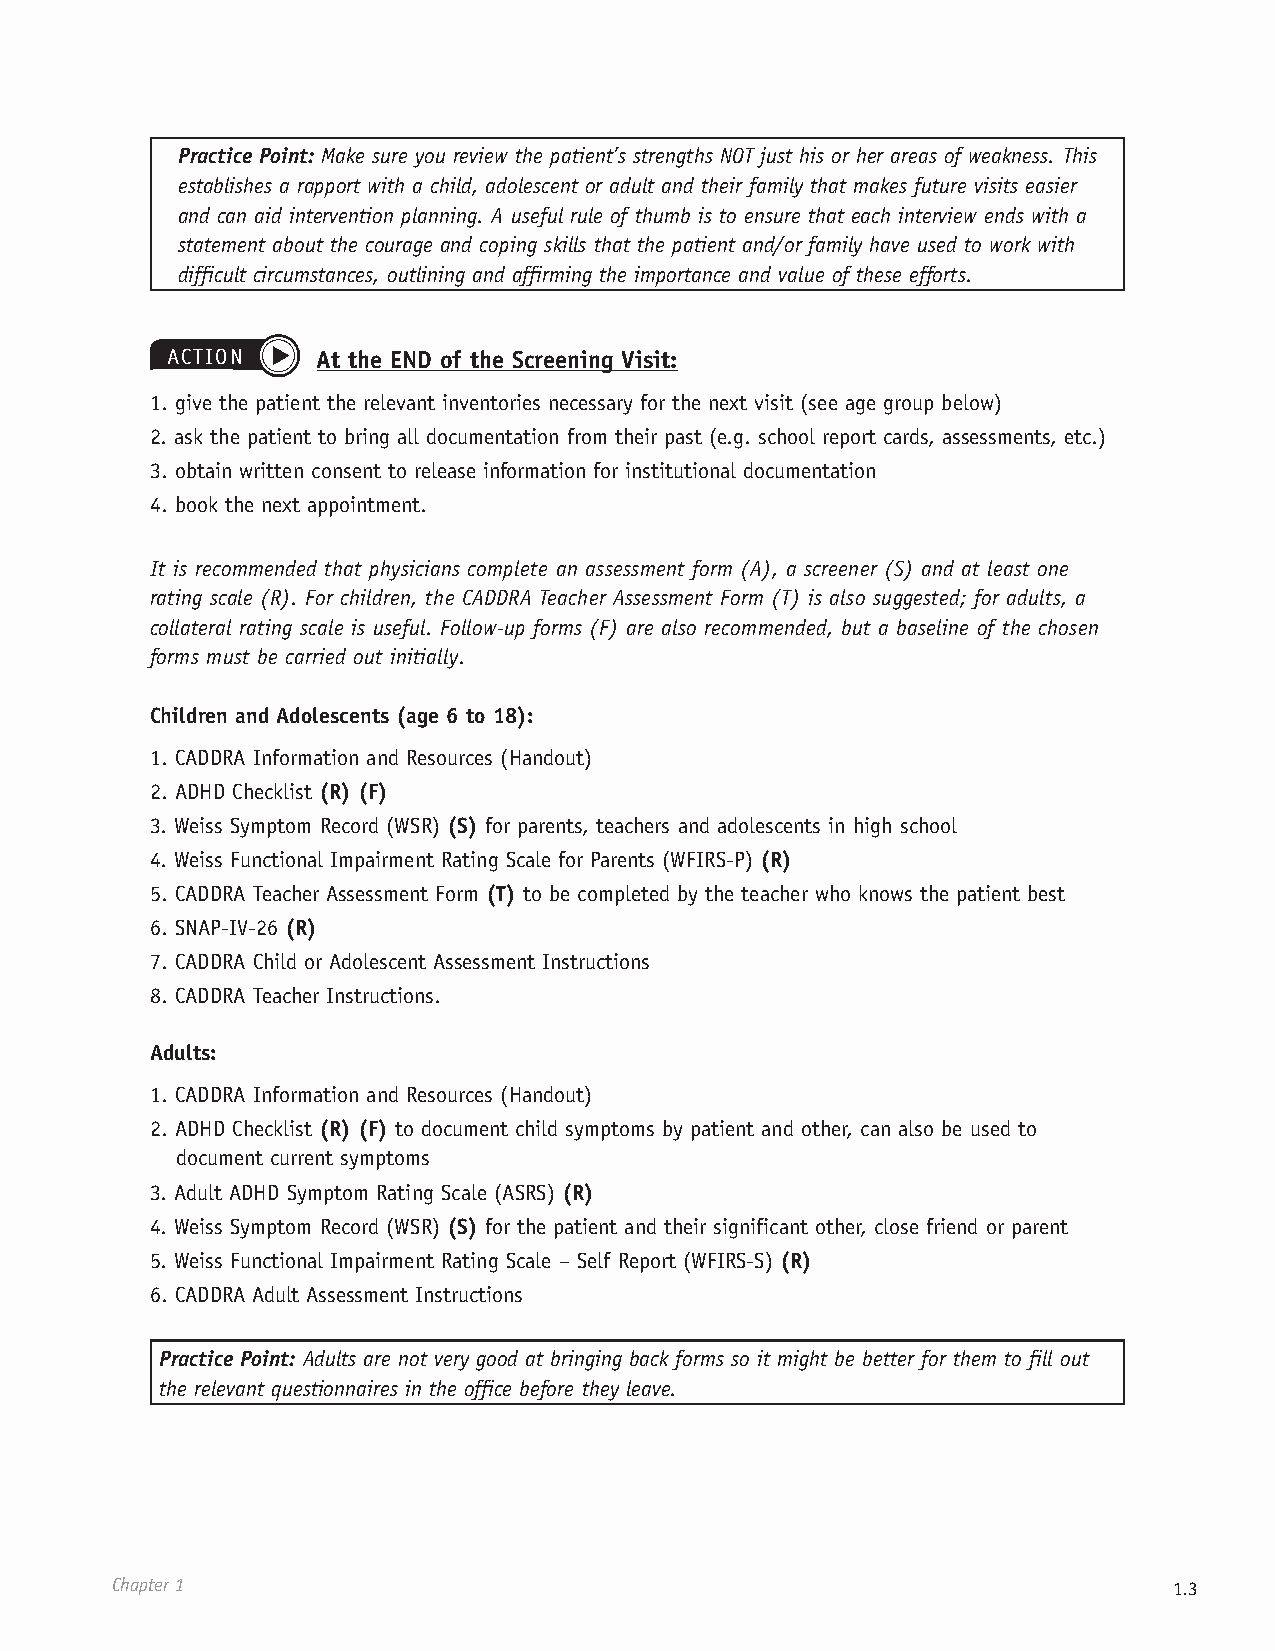
Practice Point: Make sure you review the patient’s strengths NOT just his or her areas of weakness. This
 establishes a rapport with a child, adolescent or adult and their family that makes future visits easier
 and can aid intervention planning. A useful rule of thumb is to ensure that each interview ends with a
 statement about the courage and coping skills that the patient and/or family have used to work with
 difficult circumstances, outlining and affirming the importance and value of these efforts.
 ACTION    At the END of the Screening Visit:
 1. give the patient the relevant inventories necessary for the next visit (see age group below)
 2. ask the patient to bring all documentation from their past (e.g. school report cards, assessments, etc.)
 3. obtain written consent to release information for institutional documentation
 4. book the next appointment.
 It is recommended that physicians complete an assessment form (A), a screener (S) and at least one
 rating scale (R). For children, the CADDRA Teacher Assessment Form (T) is also suggested; for adults, a
 collateral rating scale is useful. Follow-up forms (F) are also recommended, but a baseline of the chosen
 forms must be carried out initially.
 Children and Adolescents (age 6 to 18):
 1. CADDRA Information and Resources (Handout)
 2. ADHD Checklist (R) (F)
 3. Weiss Symptom Record (WSR) (S) for parents, teachers and adolescents in high school
 4. Weiss Functional Impairment Rating Scale for Parents (WFIRS-P) (R)
 5. CADDRA Teacher Assessment Form (T) to be completed by the teacher who knows the patient best
 6. SNAP-IV-26 (R)
 7. CADDRA Child or Adolescent Assessment Instructions
 8. CADDRA Teacher Instructions.
 Adults:
 1. CADDRA Information and Resources (Handout)
 2. ADHD Checklist (R) (F) to document child symptoms by patient and other, can also be used to
 document current symptoms
 3. Adult ADHD Symptom Rating Scale (ASRS) (R)
 4. Weiss Symptom Record (WSR) (S) for the patient and their significant other, close friend or parent
 5. Weiss Functional Impairment Rating Scale – Self Report (WFIRS-S) (R)
 6. CADDRA Adult Assessment Instructions
 Practice Point: Adults are not very good at bringing back forms so it might be better for them to fill out
 the relevant questionnaires in the office before they leave.
 Chapter 1                                                              1.3